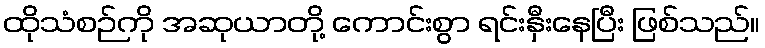
ထိုသံစဉ်ကို အဆုယာတို့ ကောင်းစွာ ရင်းနှီးနေပြီး ဖြစ်သည်။